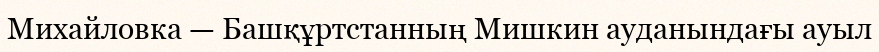
Михайловка — Башқұртстанның Мишкин ауданындағы ауыл